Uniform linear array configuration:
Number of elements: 24
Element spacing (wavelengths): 0.75
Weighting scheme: blackman
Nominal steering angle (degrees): -45
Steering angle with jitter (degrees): -46.772
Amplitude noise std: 0.05
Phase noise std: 0.05

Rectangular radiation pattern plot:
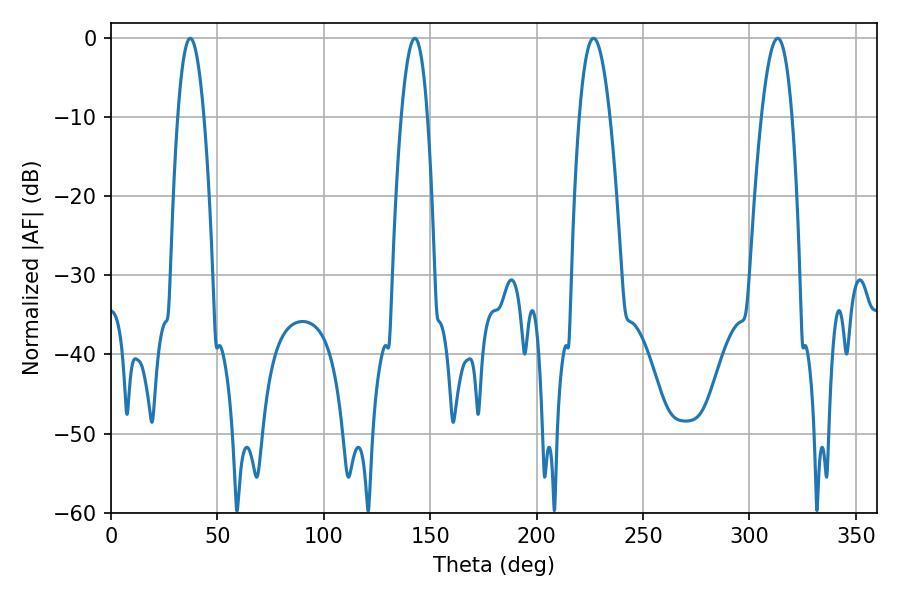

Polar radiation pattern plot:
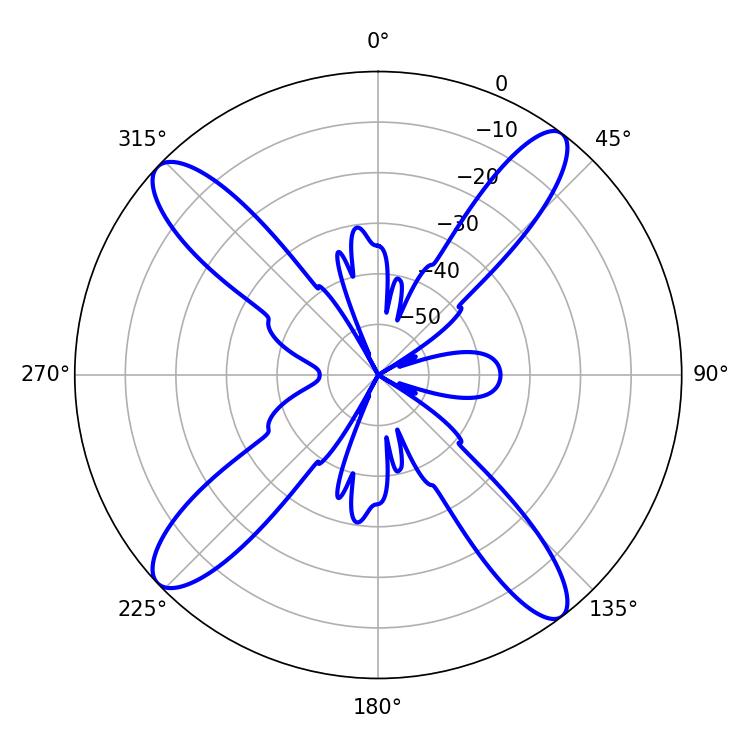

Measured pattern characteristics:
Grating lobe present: TRUE
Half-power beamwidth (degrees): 6.66
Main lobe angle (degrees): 37.26